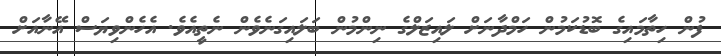
ފުން ހިތާމައިގެ ބޮޑުކަމުން ހަމްދާނަށް ލައިޒަލްގެ ނިންމުން ބަލައިގަނެވެން ނެތީއެވެ. އެހެންވިޔަސް އޭނާއަށް